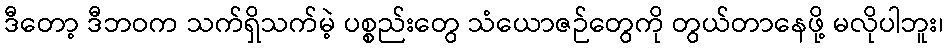
ဒီတော့ ဒီဘဝက သက်ရှိသက်မဲ့ ပစ္စည်းတွေ သံယောဇဉ်တွေကို တွယ်တာနေဖို့ မလိုပါဘူး၊